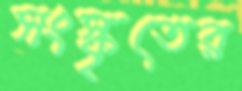
সংস্কৃতের